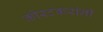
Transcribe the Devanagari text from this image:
कोरटकरांनी